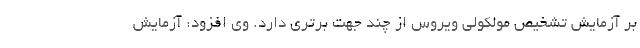
بر آزمایش تشخیص مولکولی ویروس از چند جهت برتری دارد. وی افزود: آزمایش